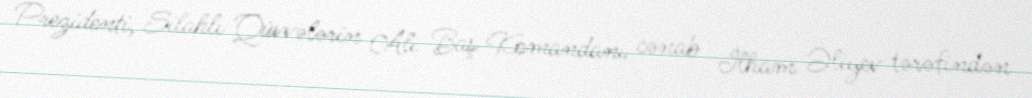
Prezidenti, Silahlı Qüvvələrin Ali Baş Komandanı cənab İlham Əliyev tərəfindən